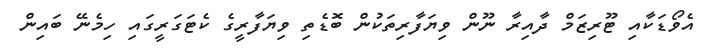
އެވޯޑަކާއި ޓޫރިޒަމް ދާއިރާ ނޫން ވިޔަފާރިތަކުން ބޮޑެތި ވިޔަފާރީގެ ކެޓަގަރީގައި ހިމެނޭ ބައިން